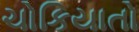
ચોકિયાતો